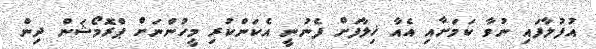
އުފުލާފައި ނުވާ ކަމަށާއި އެއާ ޚިލާފަށް ފެނުނީ އެކަންކުރި މީހުންނަށް ޕްރޮމޯޝަން ދިން